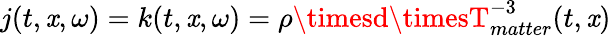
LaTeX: j(t,\mathit{x},\omega)=k(t,\mathit{x},\omega)=\rho\timesd\timesT_{matter}^{-3}(t,\mathit{x})